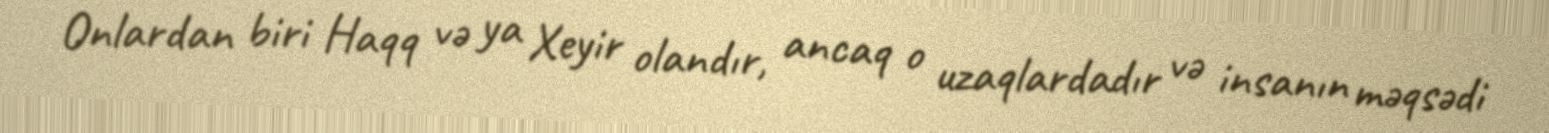
Onlardan biri Haqq və ya Xeyir olandır, ancaq o uzaqlardadır və insanın məqsədi